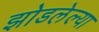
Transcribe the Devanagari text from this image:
झोडलेल्या